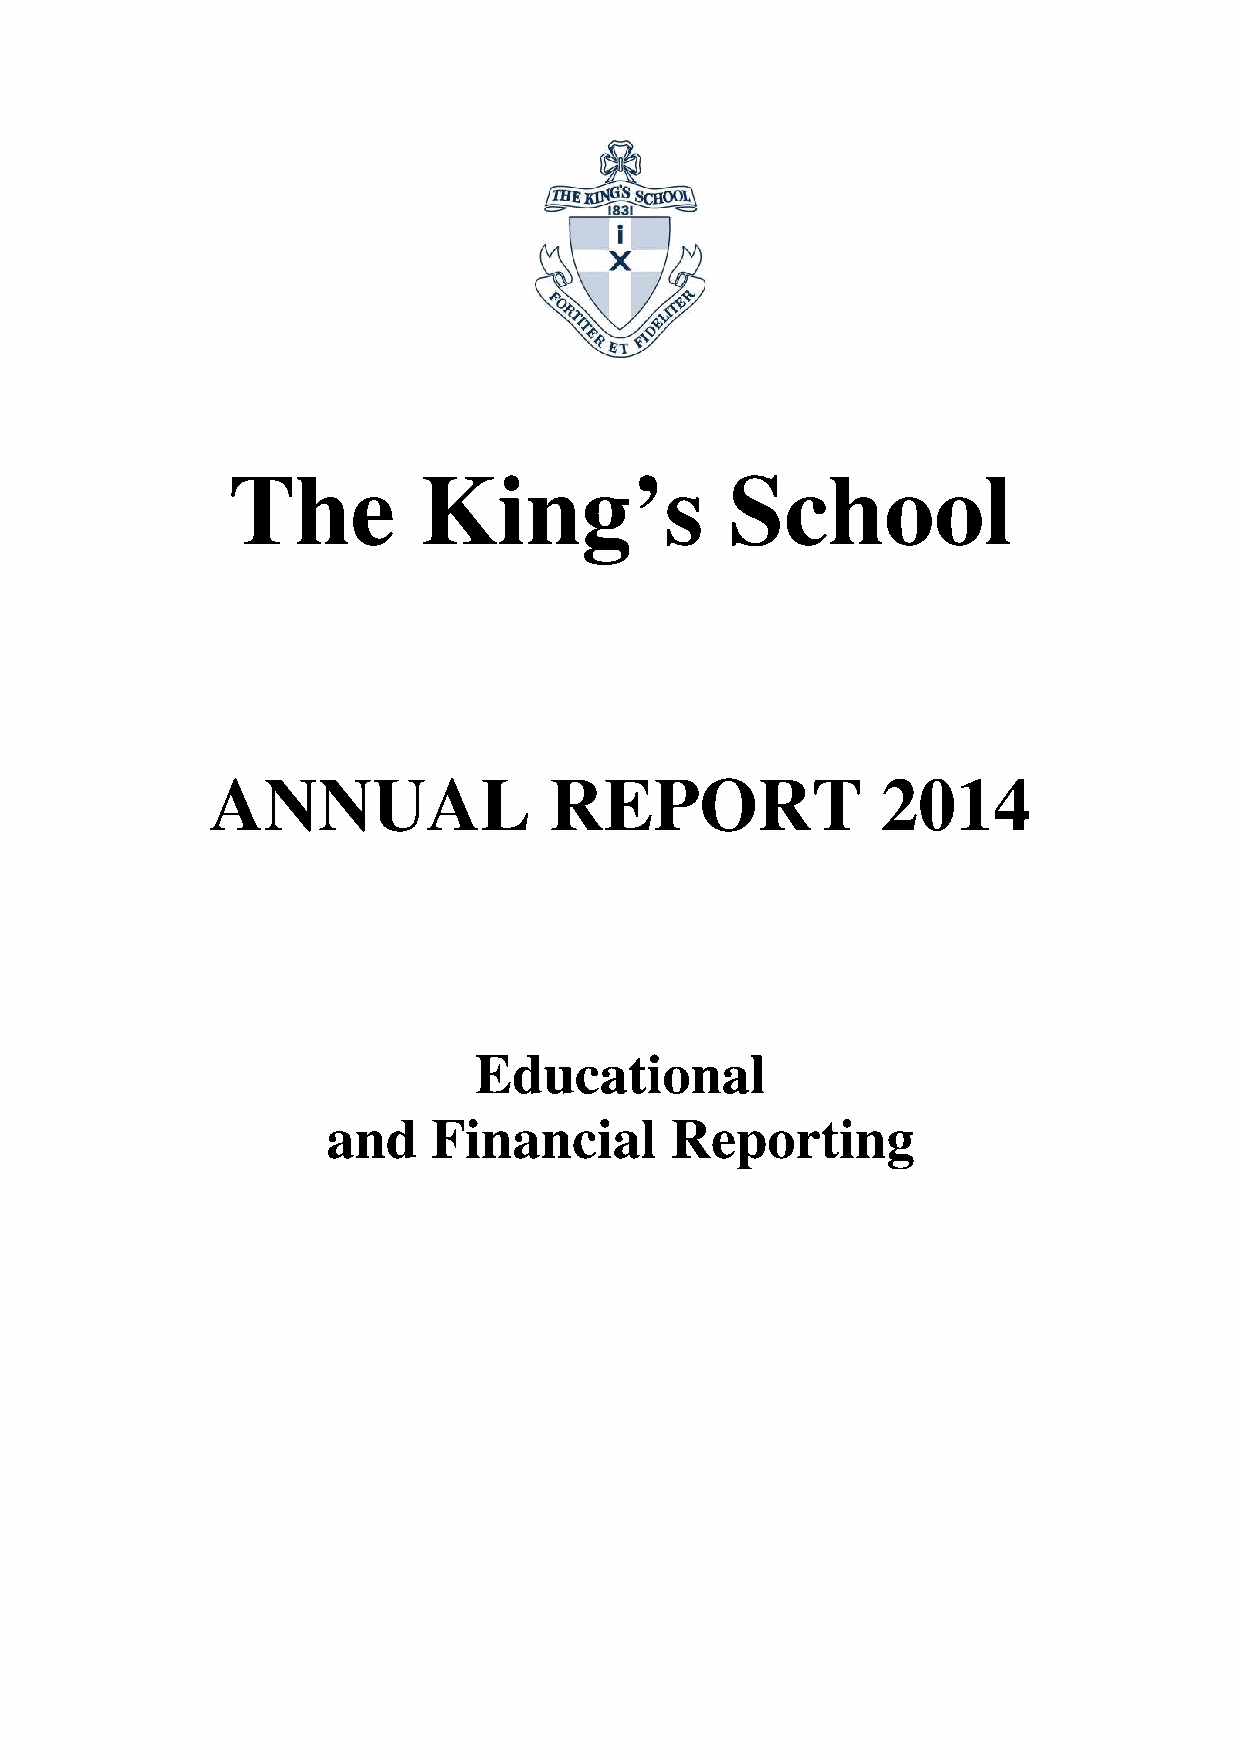
The          King’s              School
 ANNUAL                REPORT                2014
 Educational
 and    Financial      Reporting